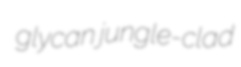
glycan jungle-clad